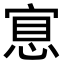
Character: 𢜇